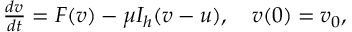
\begin{array} { r } { \frac { d v } { d t } = F ( v ) - \mu I _ { h } ( v - u ) , \quad v ( 0 ) = v _ { 0 } , } \end{array}